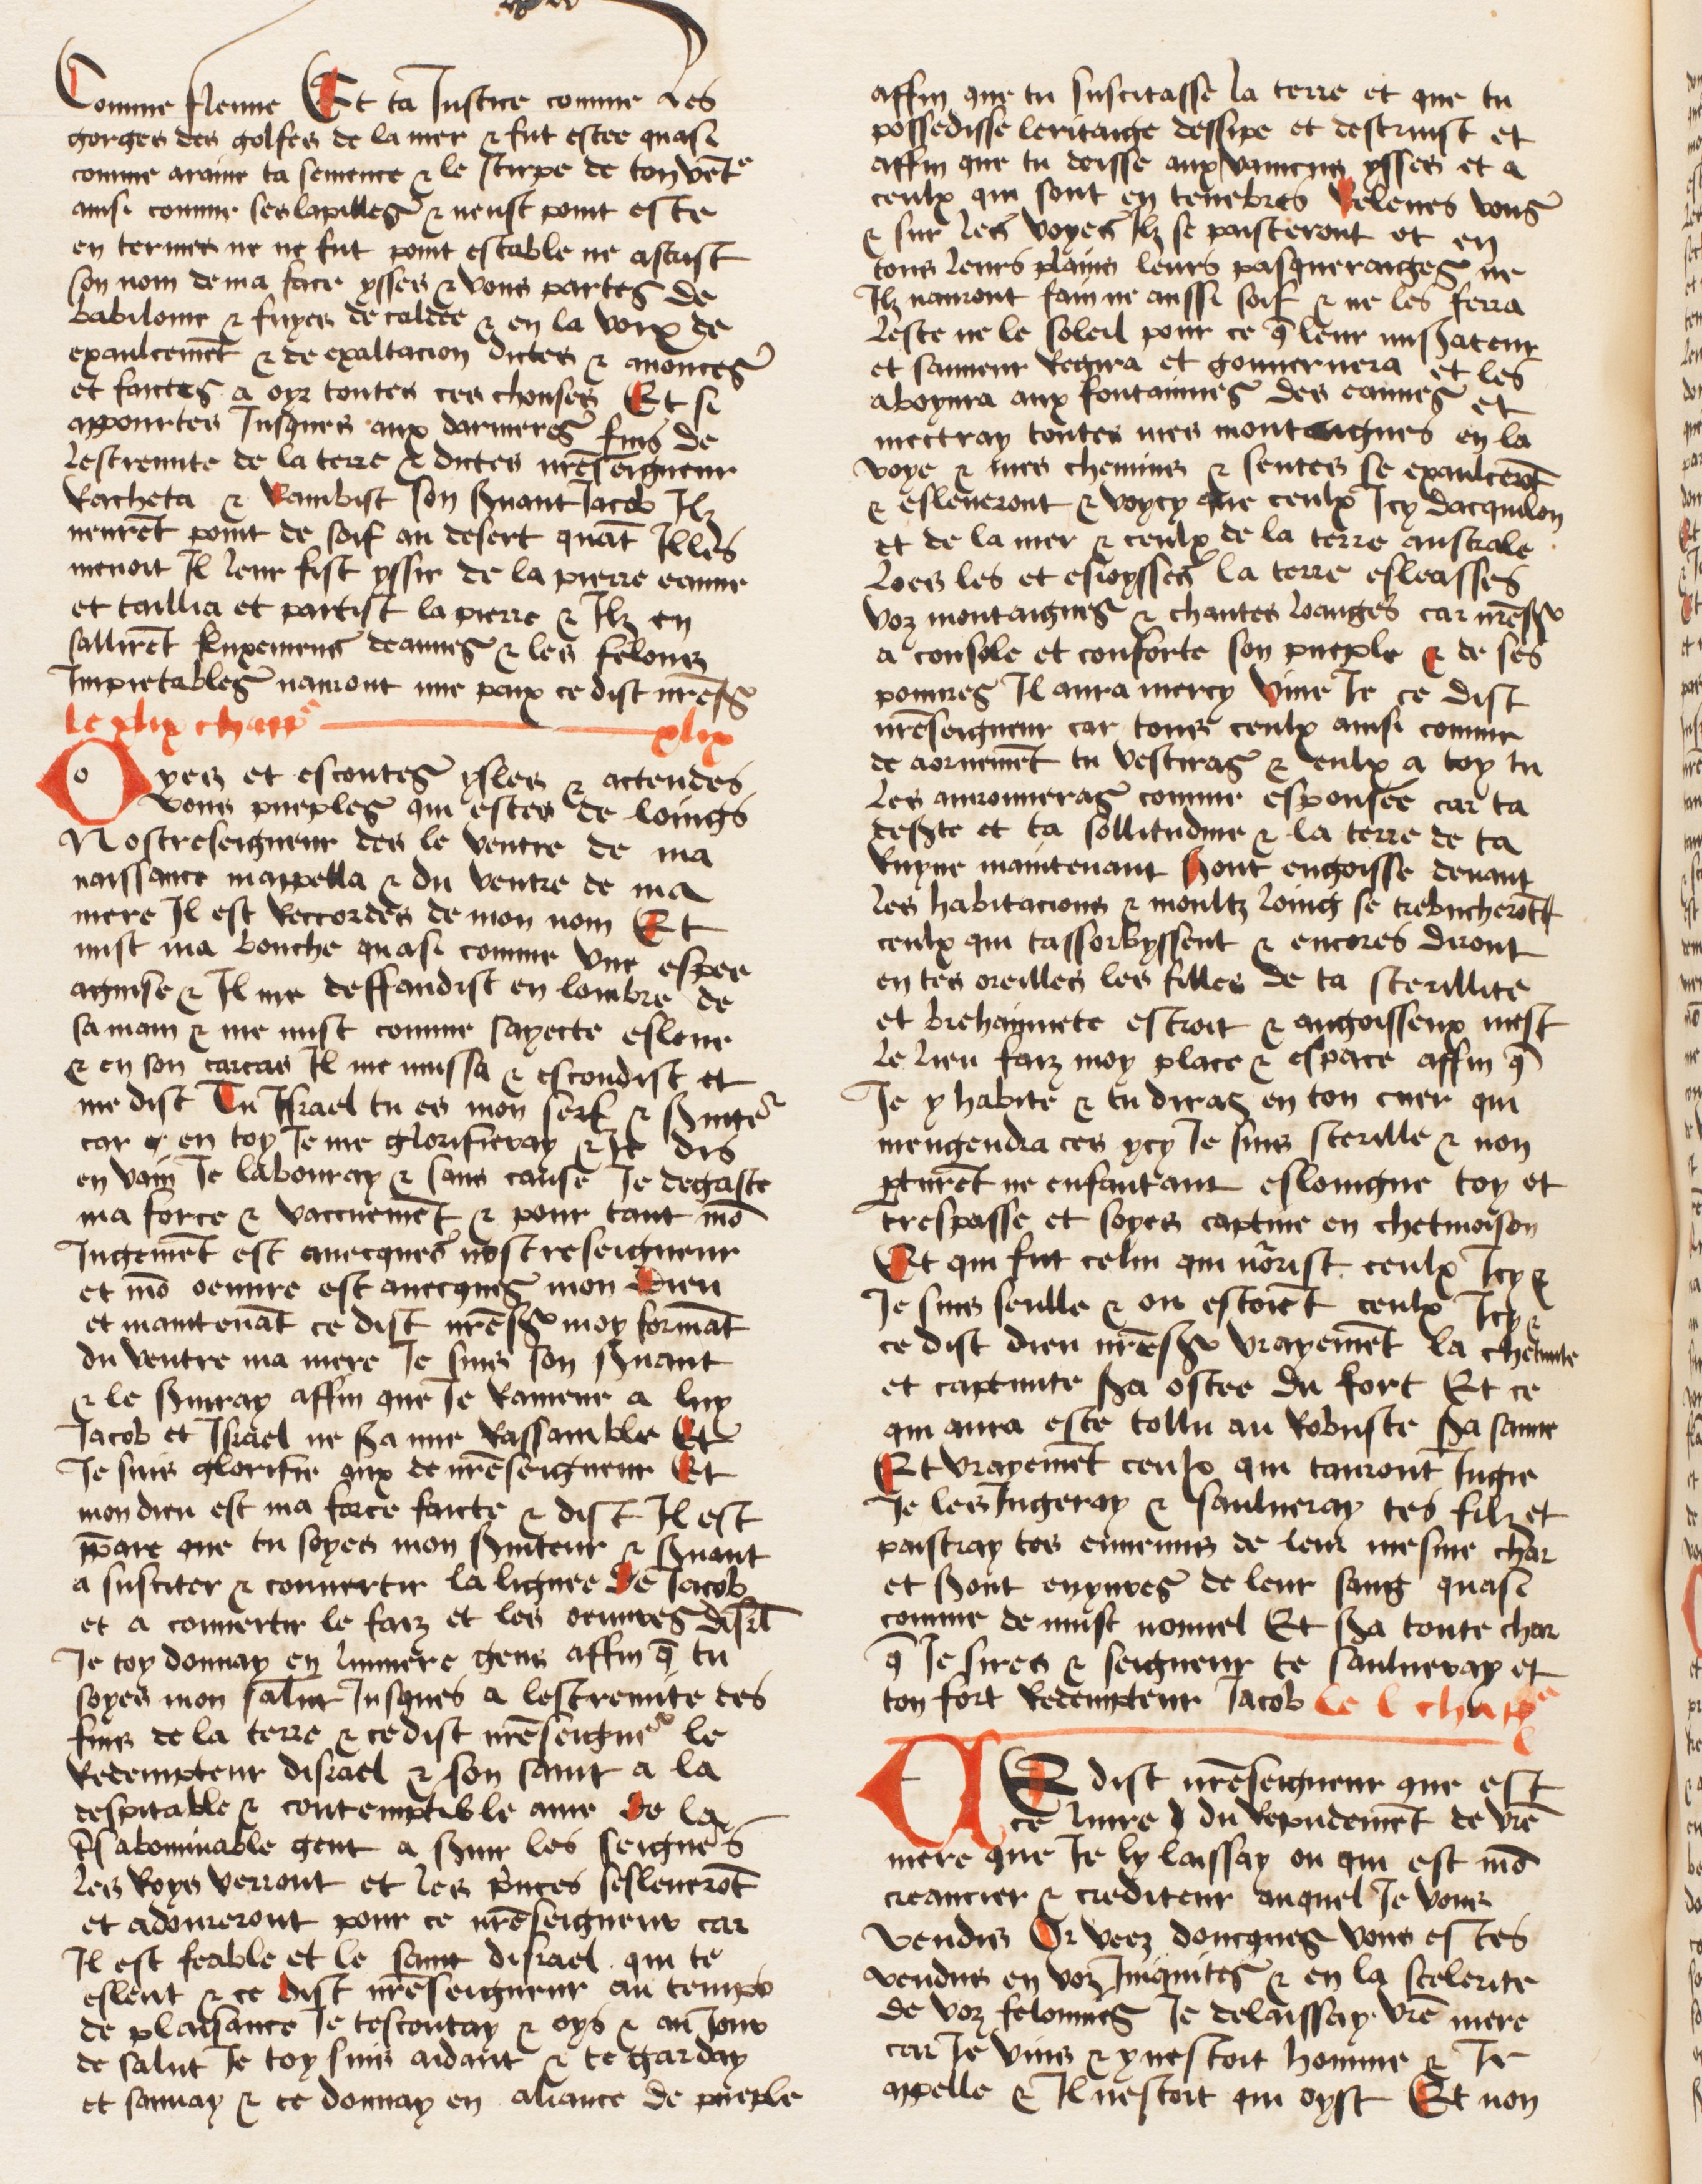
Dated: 1474–1474